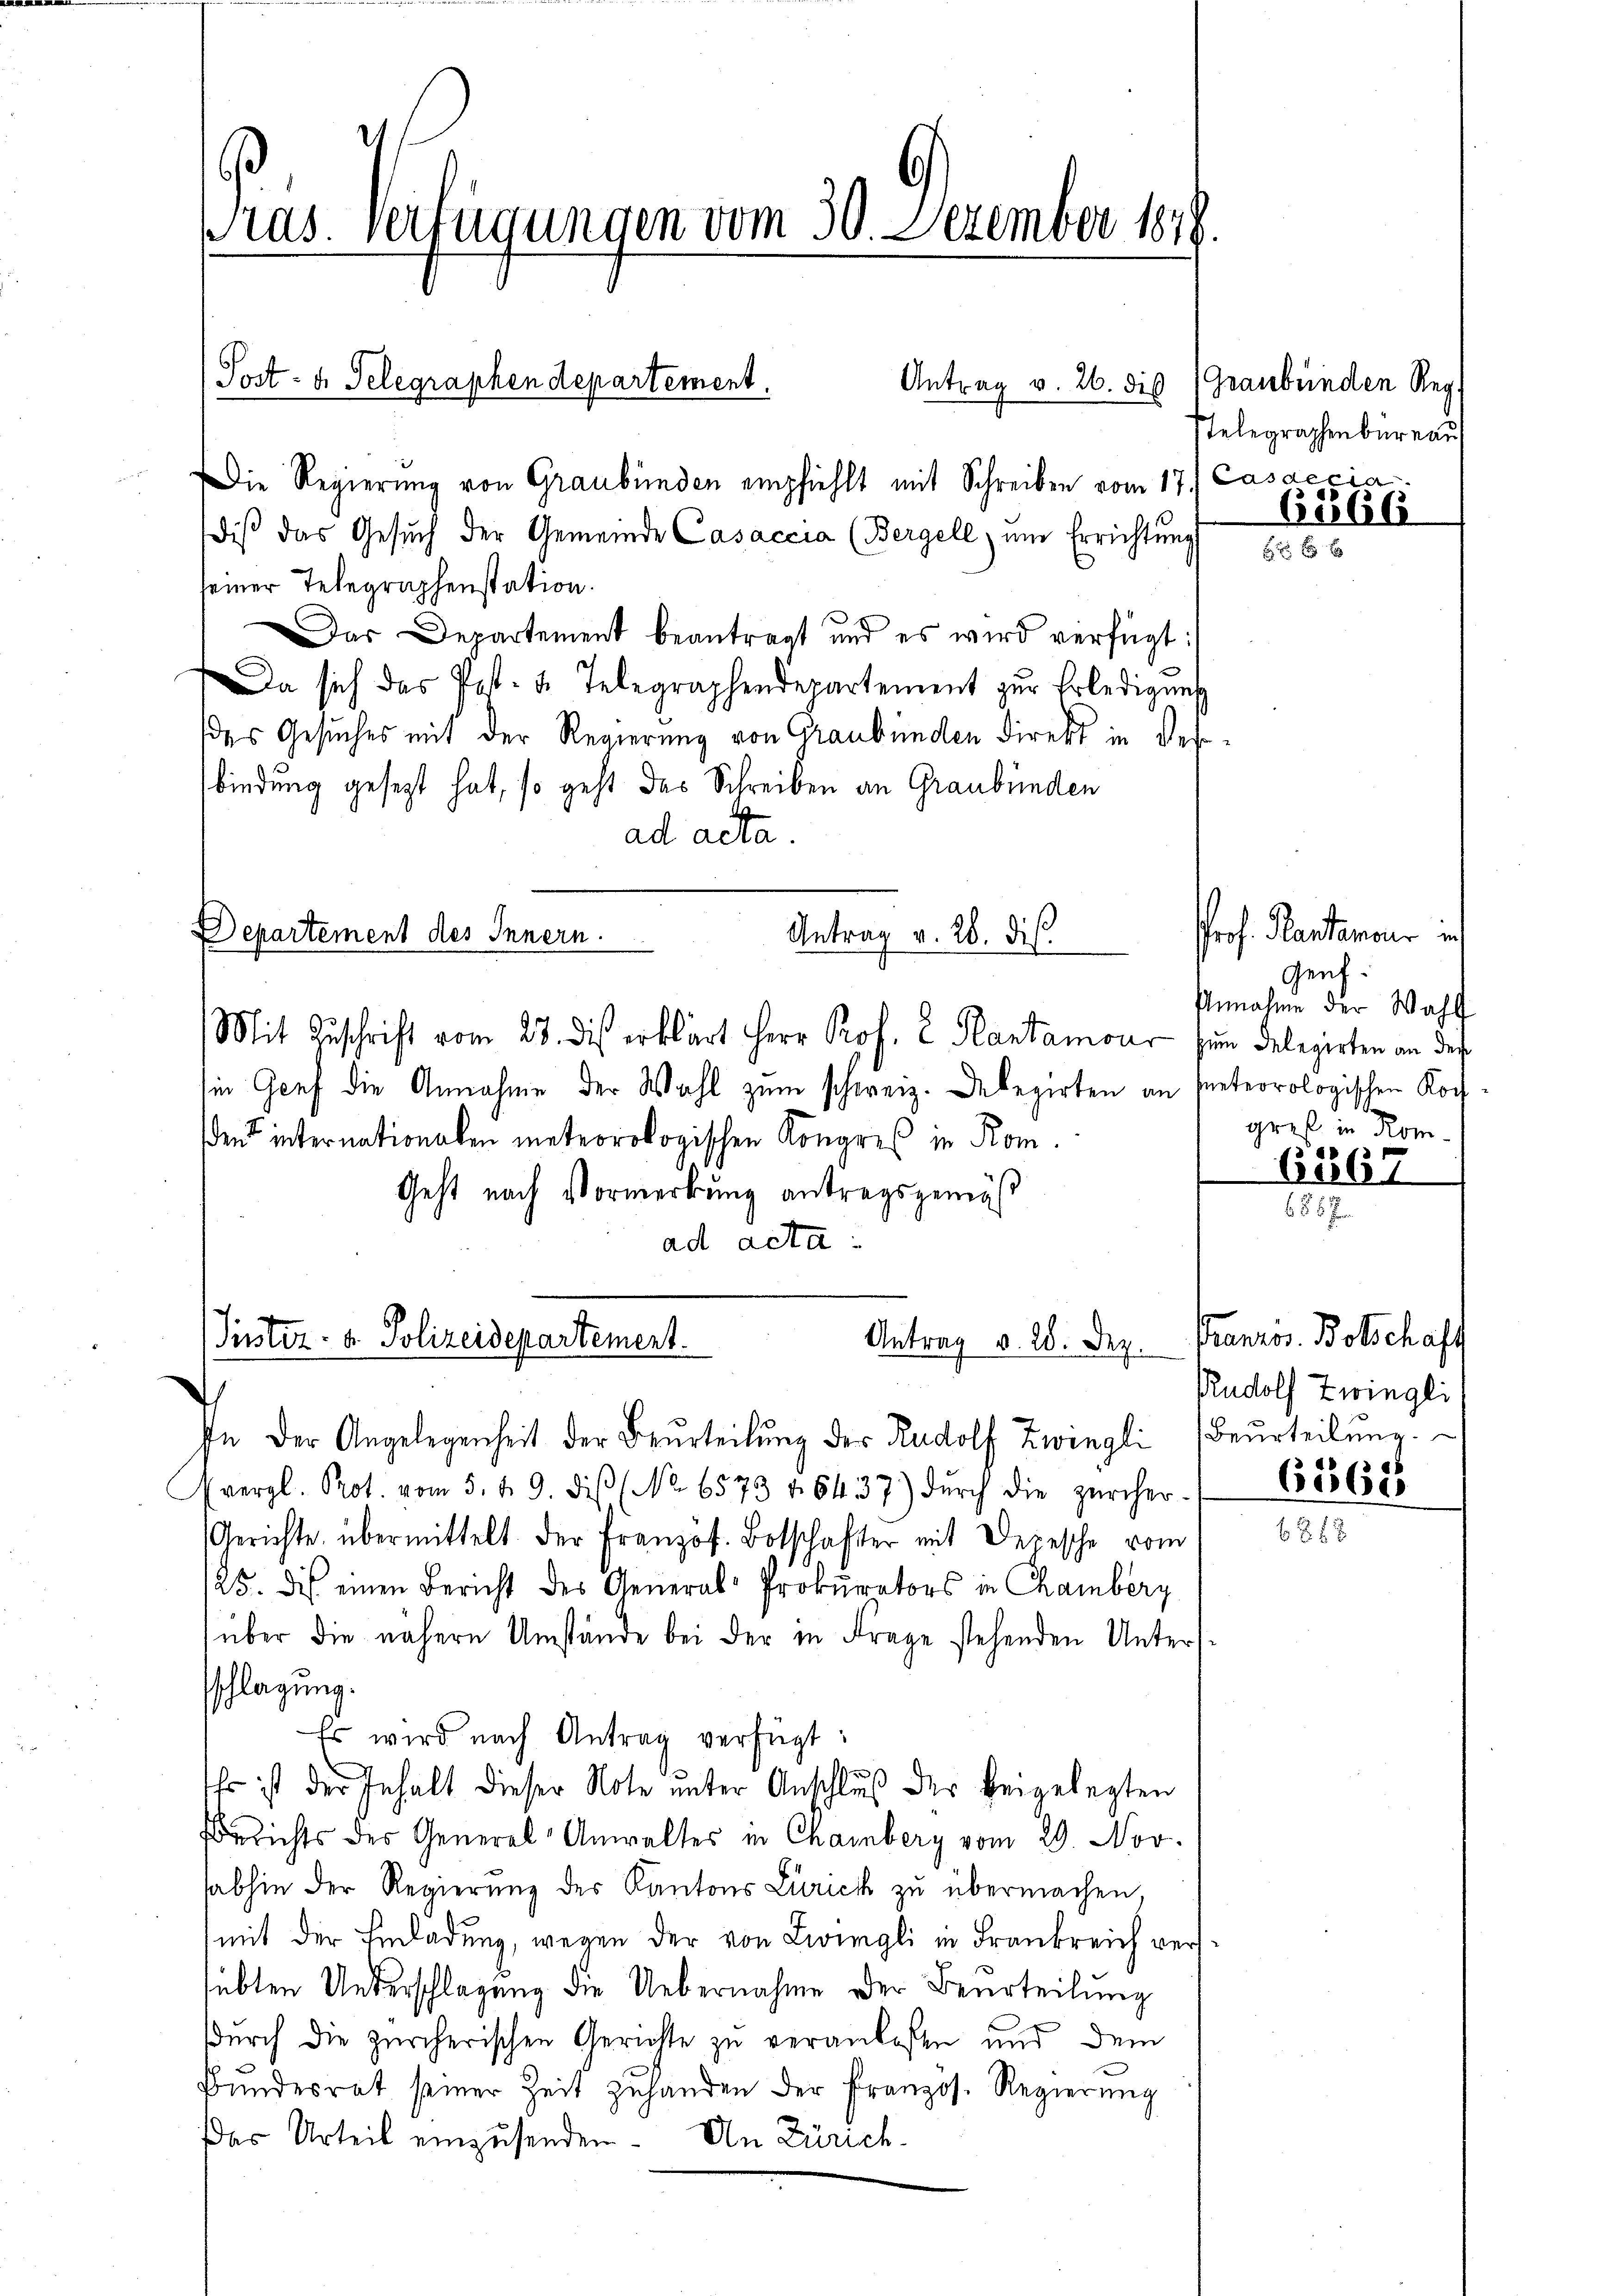
Pras. Verfügungen vom 30. Dezember 1848

Post- u. Telegraphen departement.

Departement des Innern.

diβ das Gesŭch der Gemeinde Casaccia (Bergell, um Errichtung
seiner Telegraphenstation.
as Departement beantragt und es wird verfügt:
Da sich das Post. u. Telegraphendepartement zur Erledigung
des Gesuches mit der Regierung von Graubünden direkt in desbindung gesezt hat, so geht das Schreiben an Graubünden
ad acta.
Mit Zuschrift vom 23. dies erklärt Herr Prof. E. Plantamour zum Delegirten an des
in Genf die Annahme der Wahl zum schweiz. Debezirken an seteorologischen Kochdent internationalen meteorologischen Kongreß in Kom¬
Geht nach Vormerkung antragsgemäß
ad acta
Justiz- u. Polizeidepartement.
Antrag v. 28. Dez.
In der Angelegenheit der Beurteilŭng der Rudolf Zwingli (Beurteilŭng.
(vergl. Prot. vom 5. d. 9. diβ (No. 6573 f. 6437) dŭrch die zürcher-
Gerichte übermittelt der Französ. Botschafter mit Depesche vom
125. Die einen Bericht des General-Prokurators in Chamberg
über die nähere Umstände bei der in Frage stehenden Unterssschlagung.
Es wird nach Antrag verfügt:
Ehr ist der Inhalt dieser Note unter Anschluß der beigelegten
Berichts der General-Anwaltes in Chamberg vom 29. Nov.
abhin der Regierung des Kantons Zürich zu übermachen
mit der Einladung, wegen der von Zwingli in Frankreich verssübten Unterschlagung die Uebernahme der Beurteilung
durch die zürcherischen Gerichte zu veranlassen und dem
Bŭndesrat seiner Zeit zuhanden der Französ. Regierung
Das Urteil einzusenden. An Zürich-

Die Regierung von Graubünden empfiehlt mit Schreiben vom 17.) Cassecia

Antrag v. 28. dis

Antrag v. 26. die Graubünden Reg

Telegraphenbüreau
Cilli

PProf. Kantonsrer in
Genf.
Annahme der Wahl
greß in Rom.
6367

685

Französ. Botschaft
Rudolf Zwingli

6562